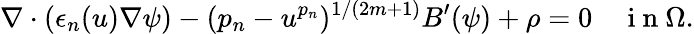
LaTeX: \nabla\cdot(\epsilon_{n}(u)\nabla\psi)-({p_{n}}-u^{p_{n}})^{1/(2m+1)}B^{\prime}(\psi)+\rho=0\quad\mathrm{~i~n~}\Omega.